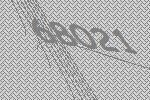
68021